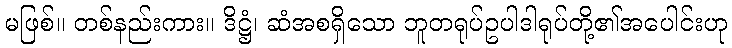
မဖြစ်။ တစ်နည်းကား။ ဒိဋ္ဌံ၊ ဆံအစရှိသော ဘူတရုပ်ဥပါဒါရုပ်တို့၏အပေါင်းဟု